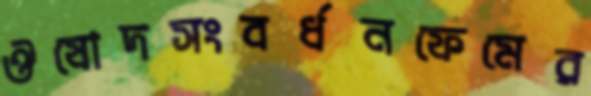
ঔষোদসংবর্ধনফেমের